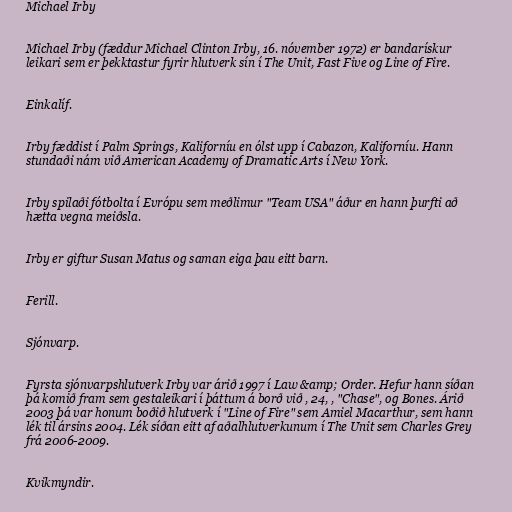
Michael Irby

Michael Irby (fæddur Michael Clinton Irby, 16. nóvember 1972) er bandarískur
leikari sem er þekktastur fyrir hlutverk sín í The Unit, Fast Five og Line of Fire.

Einkalíf.

Irby fæddist í Palm Springs, Kaliforníu en ólst upp í Cabazon, Kaliforníu. Hann
stundaði nám við American Academy of Dramatic Arts í New York.

Irby spilaði fótbolta í Evrópu sem meðlimur "Team USA" áður en hann þurfti að
hætta vegna meiðsla.

Irby er giftur Susan Matus og saman eiga þau eitt barn.

Ferill.

Sjónvarp.

Fyrsta sjónvarpshlutverk Irby var árið 1997 í Law &amp; Order. Hefur hann síðan
þá komið fram sem gestaleikari í þáttum á borð við , 24, , "Chase", og Bones. Árið
2003 þá var honum boðið hlutverk í "Line of Fire" sem Amiel Macarthur, sem hann
lék til ársins 2004. Lék síðan eitt af aðalhlutverkunum í The Unit sem Charles Grey
frá 2006-2009.

Kvikmyndir.